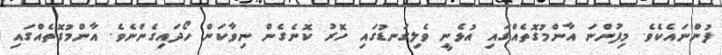
ފުންނައެކެވެ. މިފުންނަ އާންމުގޮތެއްގައި އުޅެނީ ވެލިގަނޑުގައި ހޮރު ކޮނެގެން ނިވާކަން ހޯދައިގެންނެވެ. އާންމުގޮތެއްގައި